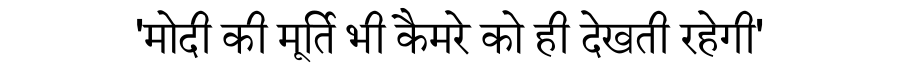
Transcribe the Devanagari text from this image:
'मोदी की मूर्ति भी कैमरे को ही देखती रहेगी'